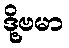
ဒို့ဗမာ